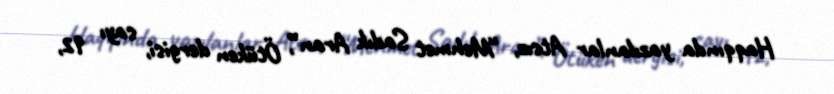
Haqqında yazılanlar Atsız, “Mehmet Sadık Aran”, Ötüken dergisi, sayı 92,